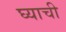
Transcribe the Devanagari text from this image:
घ्याची